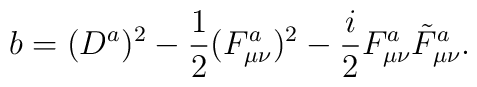
b = (D^a)^2 - \frac{1}{2} (F_{\mu\nu}^a)^2 - \frac{i}{2} F_{\mu\nu}^a\tilde F_{\mu\nu}^a.